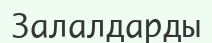
Залалдарды